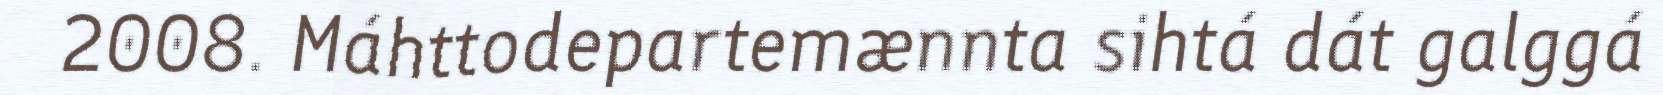
2008. Máhttodepartemænnta sihtá dát galggá